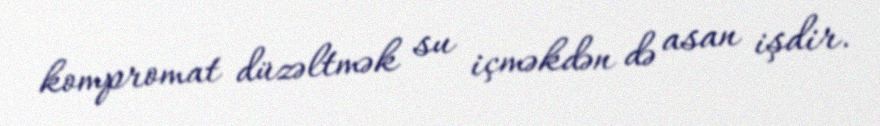
kompromat düzəltmək su içməkdən də asan işdir.